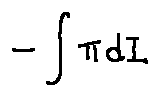
- \int \pi d I